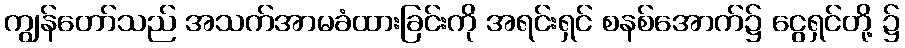
ကျွန်တော်သည် အသက်အာမခံထားခြင်းကို အရင်းရှင် စနစ်အောက်၌ ငွေရှင်တို့ ၌